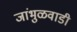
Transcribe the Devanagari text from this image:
जांभुळवाडी